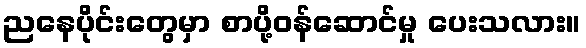
ညနေပိုင်းတွေမှာ စာပို့ဝန်ဆောင်မှု ပေးသလား။